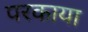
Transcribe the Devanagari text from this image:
परकाया